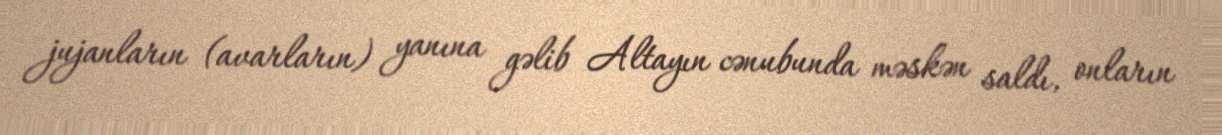
jujanların (avarların) yanına gəlib Altayın cənubunda məskən saldı, onların